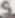
Text: 5